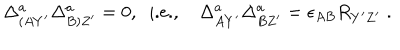
\Delta _ { ( A Y ^ { \prime } } ^ { a } \Delta _ { B ) Z ^ { \prime } } ^ { a } = 0 , \; \; \mathrm { i . e . , } \; \Delta _ { A Y ^ { \prime } } ^ { a } \Delta _ { B Z ^ { \prime } } ^ { a } = \epsilon _ { A B } R _ { Y ^ { \prime } Z ^ { \prime } } \; .